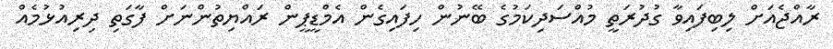
ރާއްޖެއަށް ލިބިފައިވާ ގުދުރަތީ މުއްސަދިކަމުގެ ބޭނުން ހިފައިގެން އެމްޑީޕީން ރައްޔިތުންނަށް ފާގަތި ދިރިއުޅުމެއް